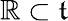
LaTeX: \mathbb{R}\subset{\mathfrak{{t}}}